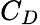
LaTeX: C_{D}